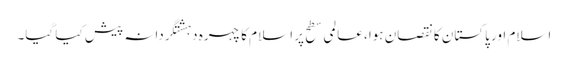
اسلام اور پاکستان کا نقصان ہوا، عالمی سطح پر اسلام کا چہرہ دہشتگردانہ پیش کیا گیا۔